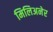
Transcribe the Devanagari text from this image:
मिलिअनेर